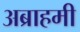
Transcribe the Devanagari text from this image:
अब्राहमी